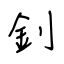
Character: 釗